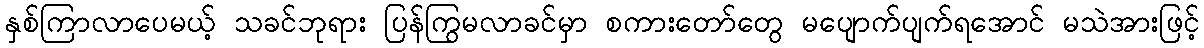
နှစ်ကြာလာပေမယ့် သခင်ဘုရား ပြန်ကြွမလာခင်မှာ စကားတော်တွေ မပျောက်ပျက်ရအောင် မသဲအားဖြင့်